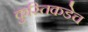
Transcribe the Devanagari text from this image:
कुस्तिकडेच